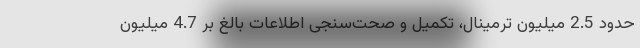
حدود 2.5 میلیون ترمینال، تکمیل و صحت‌سنجی اطلاعات بالغ بر 4.7 میلیون